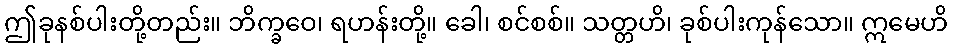
ဤခုနစ်ပါးတို့တည်း။ ဘိက္ခဝေ၊ ရဟန်းတို့။ ခေါ၊ စင်စစ်။ သတ္တဟိ၊ ခုစ်ပါးကုန်သော။ ဣမေဟိ